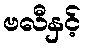
ဗလီနှင့်